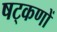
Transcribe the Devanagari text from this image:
षट्‌कणों